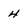
Character: 4